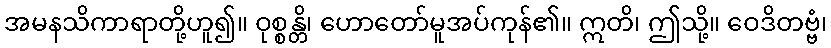
အမနသိကာရာတို့ဟူ၍။ ဝုစ္စန္တိ၊ ဟောတော်မူအပ်ကုန်၏။ ဣတိ၊ ဤသို့။ ဝေဒိတဗ္ဗံ၊